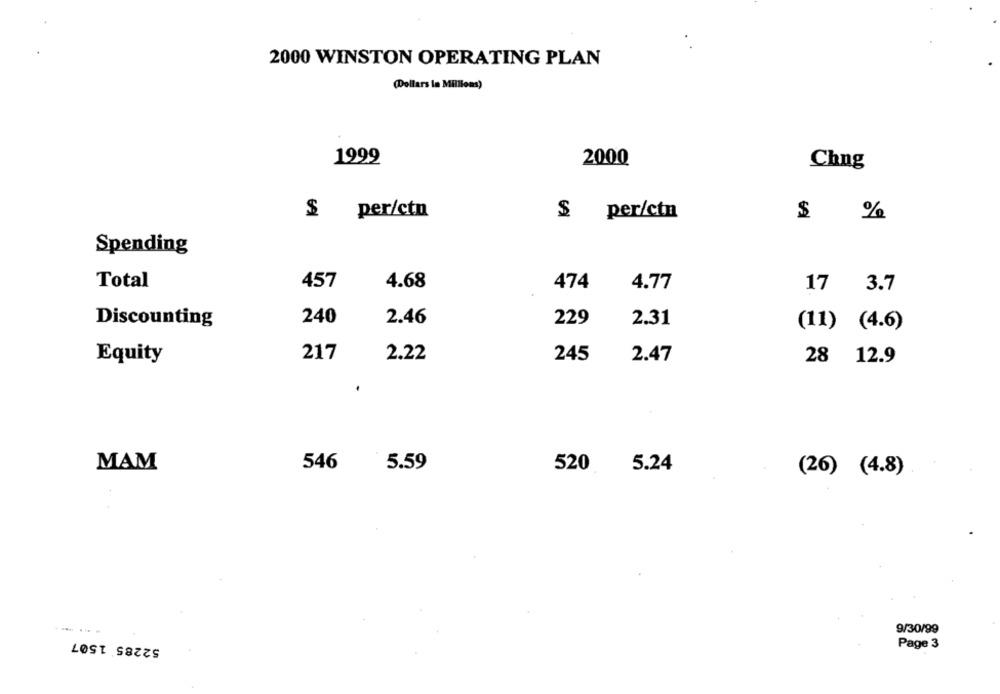
2000 WINSTON OPERATING PLAN
(Dollars la Millions)
1999
2000
Chng
$
per/ctn
$ per/ctn
$ %
Spending
Total
457
4.68
474
4.77
17
3.7
Discounting
240
2.46
229
2.31
(11) (4.6)
Equity
217
2.22
245
2.47
28 12.9
.
5.59
MAM
546
520
5.24
(26) (4.8)
9/30/99
52285 1507
Page 3